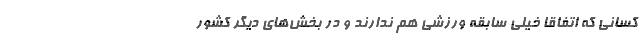
کسانی که اتفاقاً خیلی سابقه ورزشی هم ندارند و در بخش‌های دیگر کشور